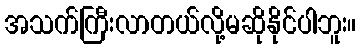
အသက်ကြီးလာတယ်လို့မဆိုနိုင်ပါဘူး။